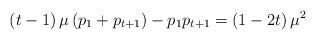
LaTeX: \begin{align*}\left(t-1\right)\mu\left(p_1+p_{t+1}\right)-p_1p_{t+1}=\left(1-2t\right)\mu^2\end{align*}